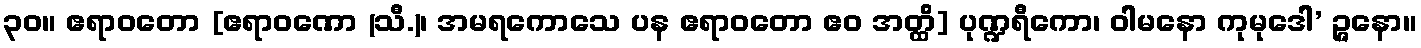
၃၀။ ဧရာဝတော [ဧရာဝဏော (သီ.)၊ အမရကောသေ ပန ဧရာဝတော ဧဝ အတ္ထိ] ပုဏ္ဍရီကော၊ ဝါမနော ကုမုဒေါ’ ဉ္ဇနော။